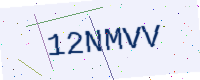
Text: 12NMVV